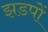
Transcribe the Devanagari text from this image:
झडपों